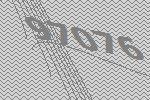
97076